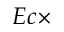
E c \times